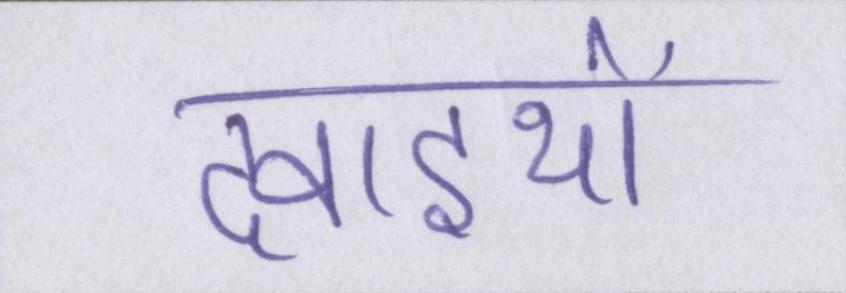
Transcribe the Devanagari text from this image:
दवाइयों